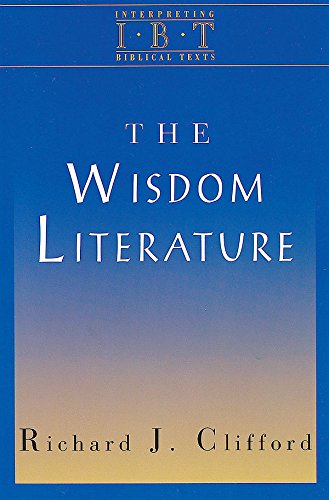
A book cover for The Wisdom Literature: Interpreting Biblical Texts Series; Richard J. Clifford; Christian Books & Bibles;